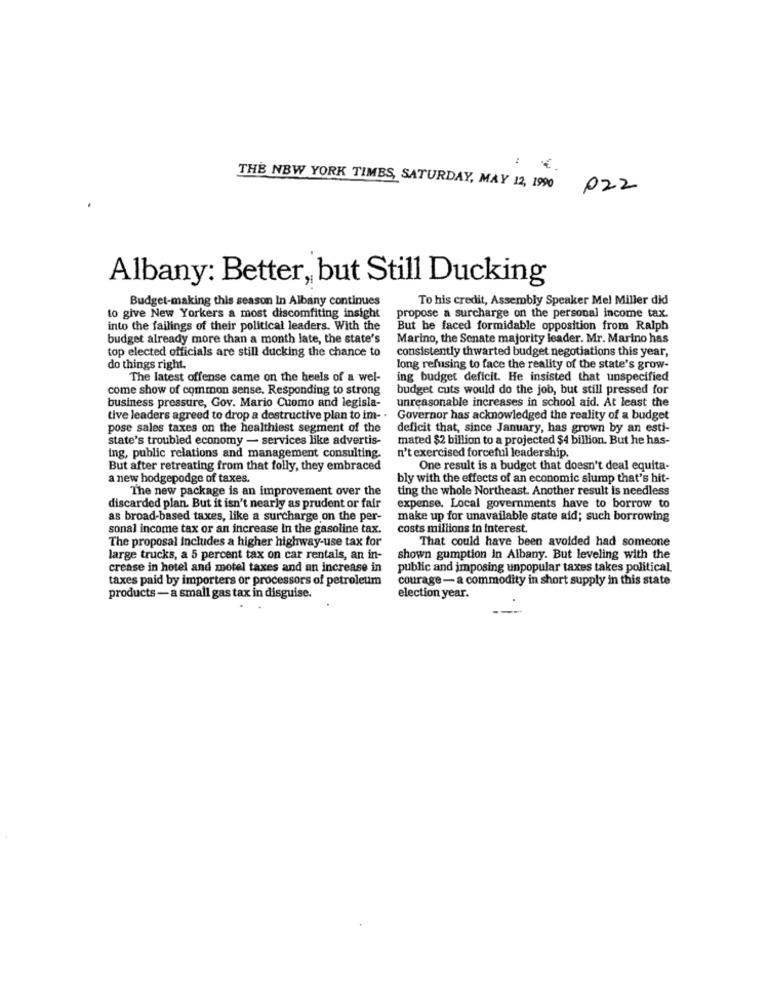
1.
THE NEW YORK TIMES, SATURDAY, MAY 12, 1990
022
Albany: Better, but Still Ducking
Budget-making this season In Albany continues
To his credit, Assembly Speaker Mel Miller did
to give New Yorkers a most discomfiting insight
propose a surcharge on the personal income tax.
into the failings of their political leaders. With the
But he faced formidable opposition from Ralph
budget already more than a month late, the state's
Marino, the Senate majority leader. Mr. Marino has
top elected officials are still ducking the chance to
consistently thwarted budget negotiations this year,
do things right.
long refusing to face the reality of the state's grow-
The latest offense came on the heels of a wel-
ing budget deficit. He insisted that unspecified
come show of common sense. Responding to strong
budget cuts would do the job, but still pressed for
business pressure, Gov. Mario Cuomo and legisla-
unreasonable increases in school aid. At least the
tive leaders agreed to drop a destructive plan to im- .
Governor has acknowledged the reality of a budget
pose sales taxes on the healthiest segment of the
deficit that, since January, has grown by an esti-
state's troubled economy - services like advertis-
mated $2 billion to a projected $4 billion. But he has-
ing, public relations and management consulting.
n't exercised forceful leadership.
But after retreating from that folly, they embraced
One result is a budget that doesn't deal equita-
a new hodgepodge of taxes.
bly with the effects of an economic slump that's hit-
The new package is an improvement over the
ting the whole Northeast. Another result is needless
discarded plan. But it isn't nearly as prudent or fair
expense. Local governments have to borrow to
as broad-based taxes, like a surcharge on the per-
make up for unavailable state aid; such borrowing
sonal income tax or an increase in the gasoline tax.
costs millions in interest.
The proposal includes a higher highway-use tax for
That could have been avoided had someone
large trucks, a 5 percent tax on car rentals, an in-
shown gumption in Albany. But leveling with the
crease in hotel and motel taxes and an increase in
public and imposing unpopular taxes takes political
taxes paid by importers or processors of petroleum
courage- a commodity in short supply in this state
products - a small gas tax in disguise.
election year.